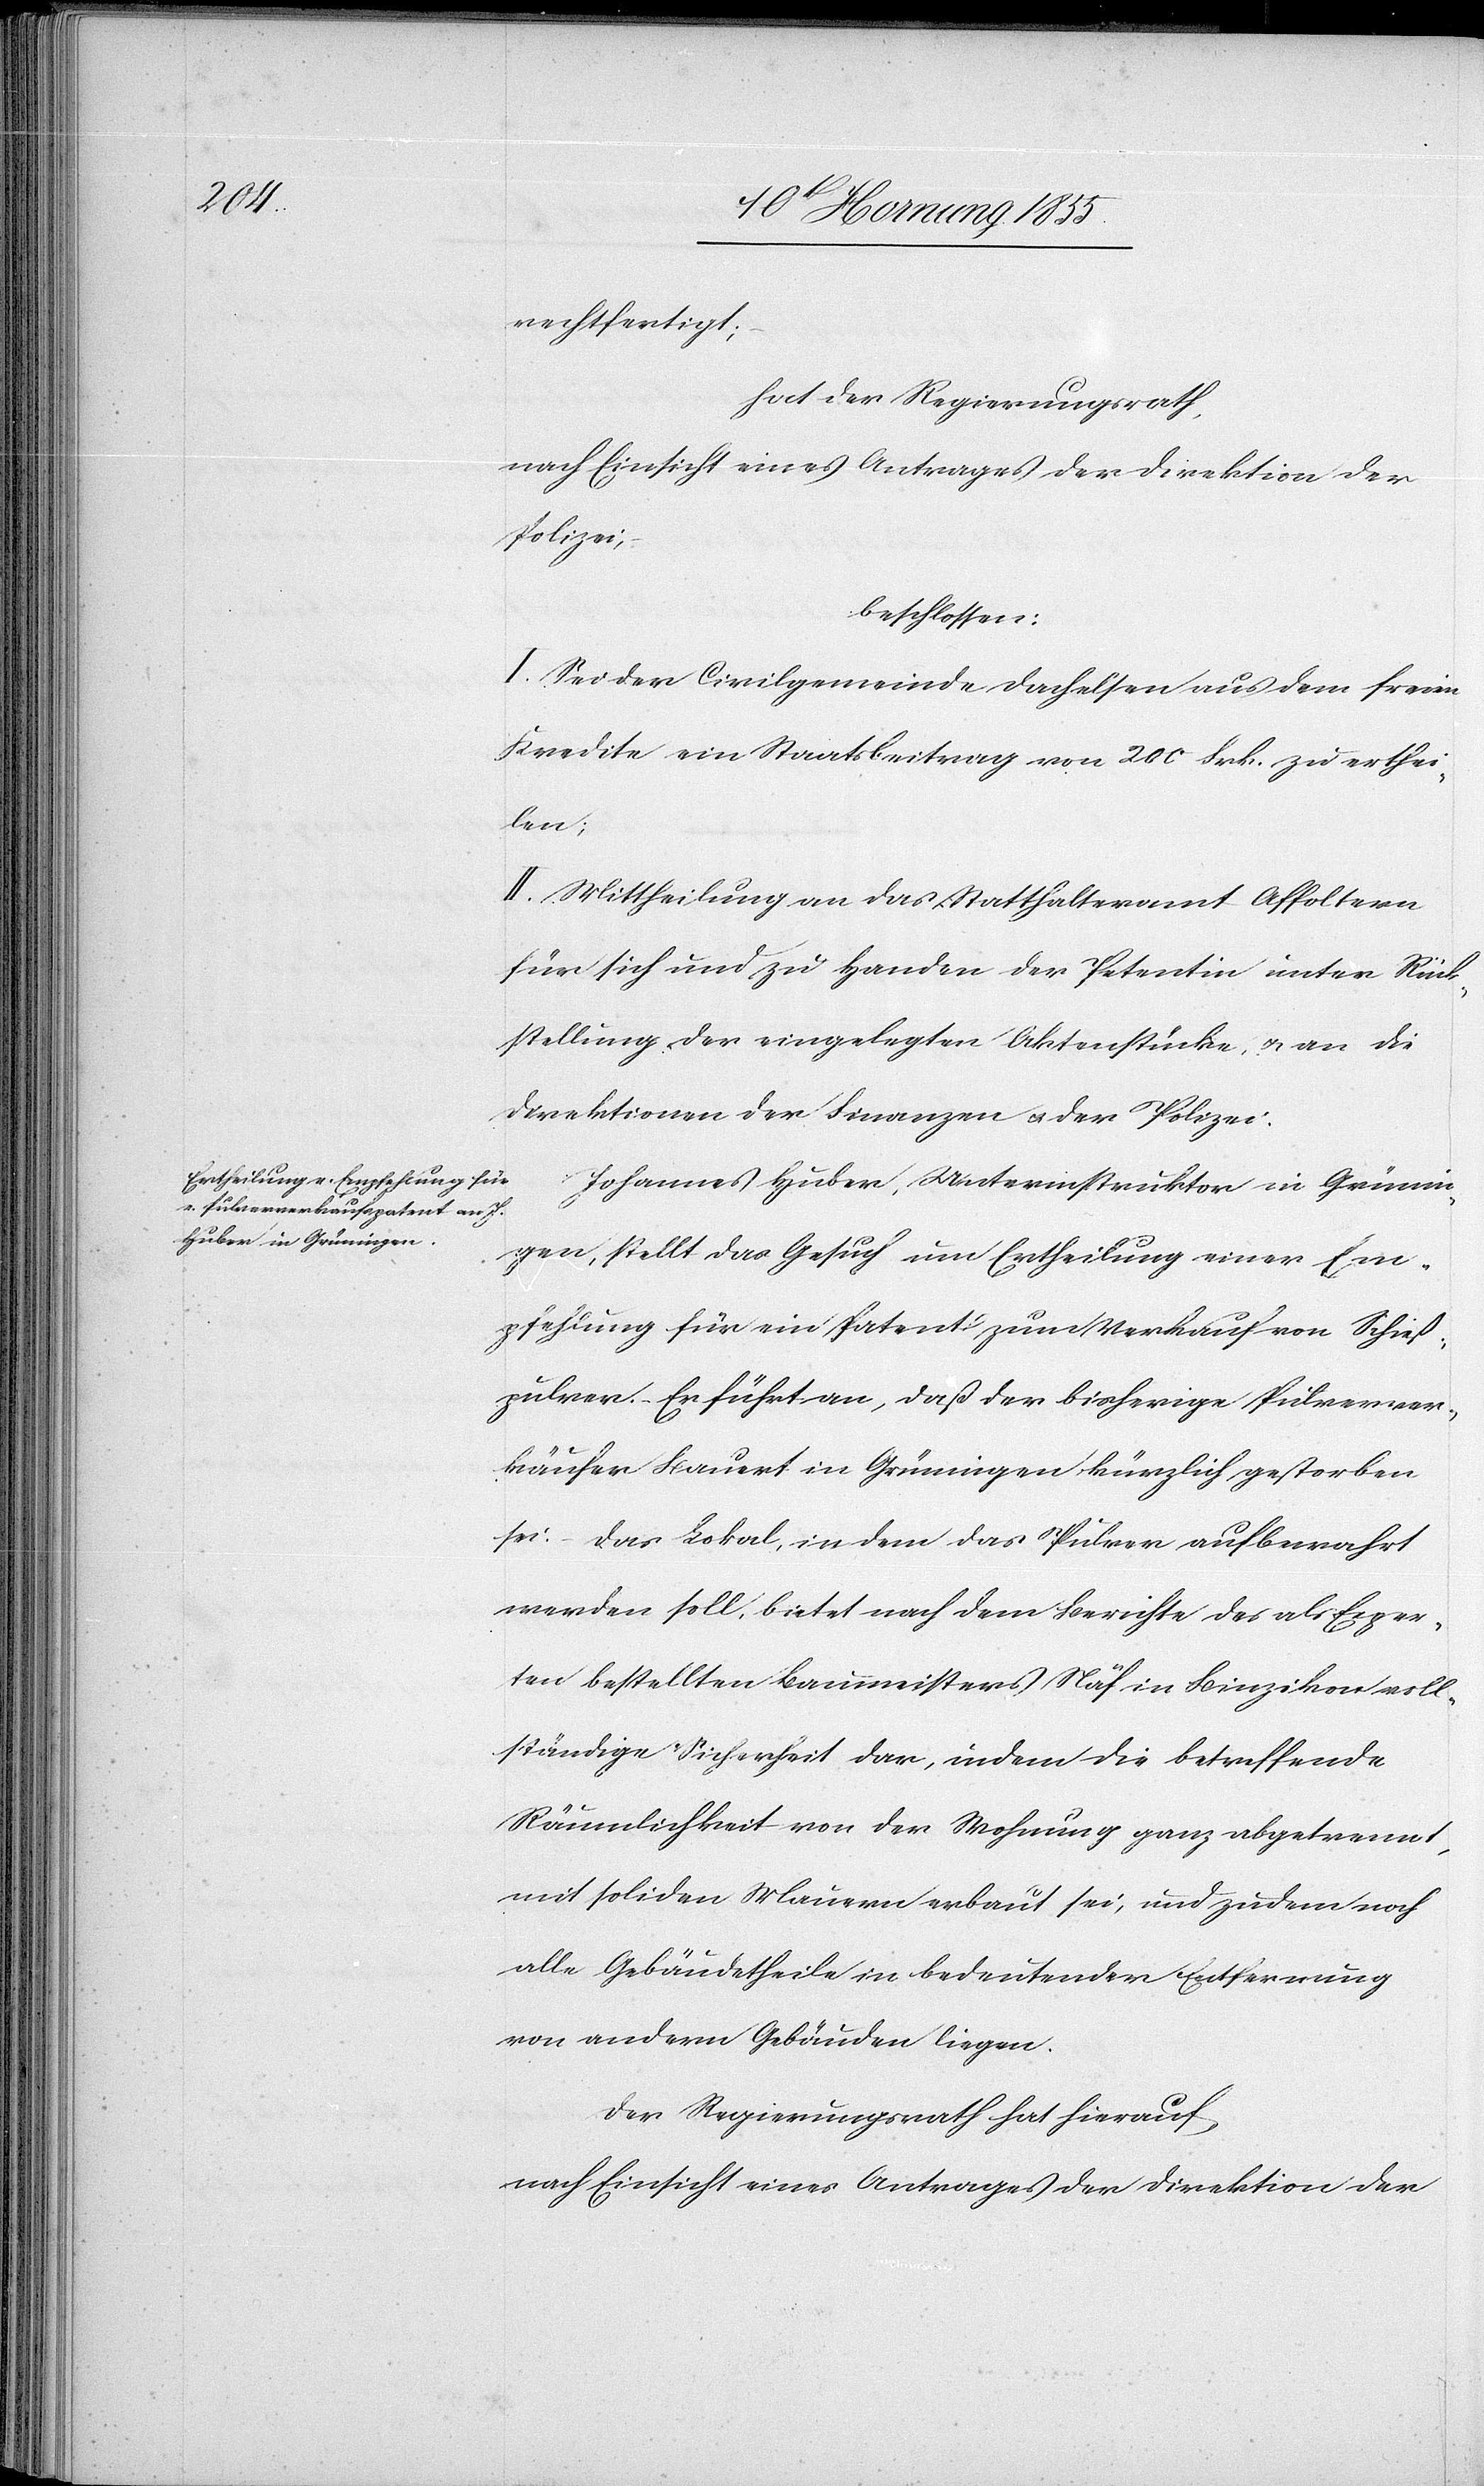
rechtfertigt;
hat der Regierungsrath,
nach Einsicht eines Antrages der Direktion der
Polizei,
beschlossen:
I. Sei der Civilgemeinde Dachelsen aus dem freien
Kredite ein Staatsbeitrag von 200 Frk. zu erthei¬
len;
II. Mittheilung an das Statthalteramt Affoltern
für sich und zu Handen der Petentin unter Rück¬
stellung der eingelegten Aktenstücke, & an die
Direktionen der Finanzen & der Polizei.
Johannes Huber, Unterinstruktor in Grünin¬
gen, stellt das Gesuch um Ertheilung einer Em¬
pfehlung für ein Patent zum Verkauf von Schieß¬
pulver. – Er führt an, daß der bisherige Pulverver¬
käufer Bauert in Grüningen kürzlich gestorben
sei. – Das Lokal, in dem das Pulver aufbewahrt
werden soll, bietet nach dem Berichte des als Exper¬
ten bestellten Baumeisters Näf in Binzikon voll¬
ständige Sicherheit dar, indem die betreffende
Räumlichkeit von der Wohnung ganz abgetrennt,
mit soliden Mauern erbaut sei, und zudem noch
alle Gebäudetheile in bedeutender Entfernung
von andern Gebäuden liegen.
Der Regierungsrath hat hierauf
nach Einsicht eines Antrages der Direktion der